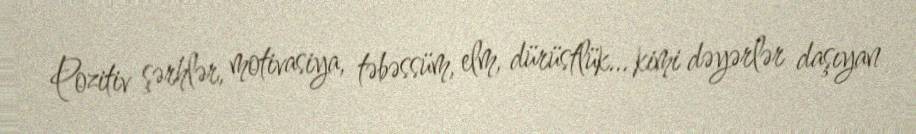
Pozitiv şərhlər, motivasiya, təbəssüm, elm, dürüstlük... kimi dəyərlər daşıyan